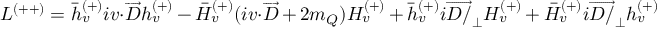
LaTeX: { \cal L } ^ { ( + + ) } = \bar { h } _ { v } ^ { ( + ) } i v { \cdot } \overrightarrow { D } h _ { v } ^ { ( + ) } - \bar { H } _ { v } ^ { ( + ) } ( i v { \cdot } \overrightarrow { D } + 2 m _ { Q } ) H _ { v } ^ { ( + ) } + \bar { h } _ { v } ^ { ( + ) } i \overrightarrow { D { \slash } } _ { \bot } H _ { v } ^ { ( + ) } + \bar { H } _ { v } ^ { ( + ) } i \overrightarrow { D { \slash } } _ { \bot } h _ { v } ^ { ( + ) }